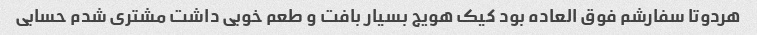
هردوتا سفارشم فوق العاده بود کیک هویج بسیار بافت و طعم خوبی داشت مشتری شدم حسابی